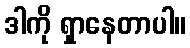
ဒါကို ရှာနေတာပါ။